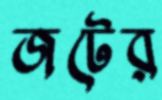
জটের